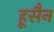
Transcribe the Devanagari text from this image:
हूसैन